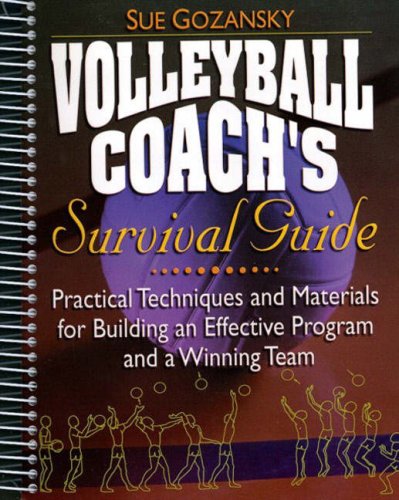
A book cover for Volleyball Coach's Survival Guide: Practical Techniques and Materials for Building an Effective Program and a Winning Team; Sue Gozansky; Sports & Outdoors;